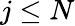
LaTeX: j\leq N